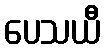
ပေသယီ